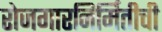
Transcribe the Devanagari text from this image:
रोजगारनिर्मितीची